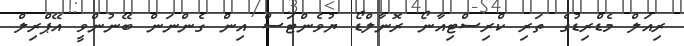
ރިއަލް މެޑްރިޑުގެ ތަރި ކްރިސްޓިއާނޯ ރޮނާލްޑޯ ޔުވެންޓަސް އިން ގެންނަން ބޭނުންވީ އޭޕްރިލް